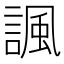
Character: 諷